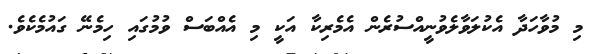
މި މުވާހަދާ އެކުލަވާލެވުނީއްސުރެން އެމެރިކާ އަކީ މި އެއްބަސް ވުމުގައި ހިމެނޭ ގައުމެކެވެ.